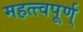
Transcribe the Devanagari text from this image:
महत्त्वपूर्ण्